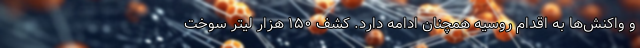
و واکنش‌ها به اقدام روسیه همچنان ادامه دارد. کشف ۱۵۰ هزار لیتر سوخت